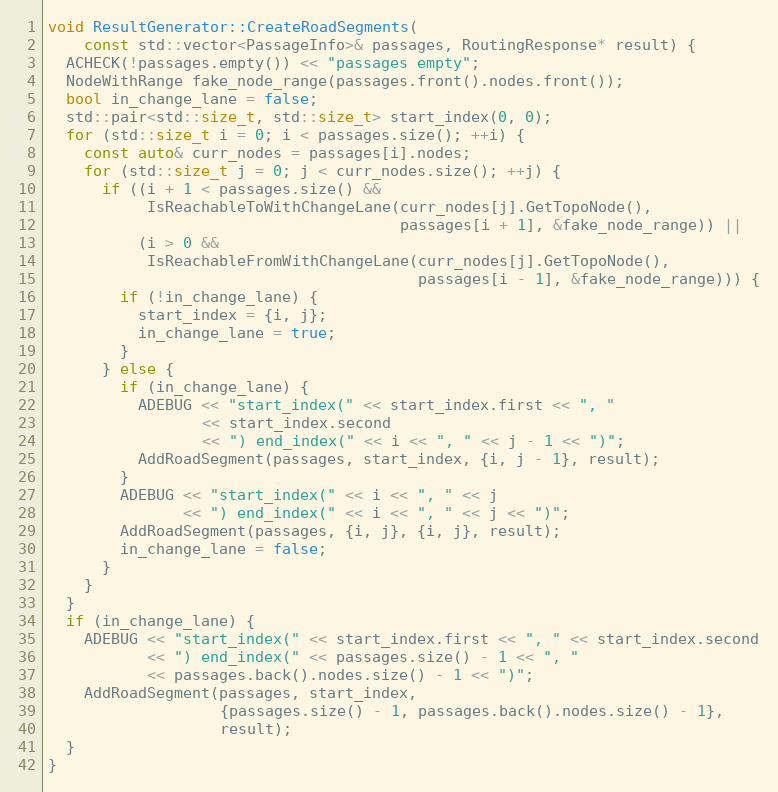
Language: C++
void ResultGenerator::CreateRoadSegments(
    const std::vector<PassageInfo>& passages, RoutingResponse* result) {
  ACHECK(!passages.empty()) << "passages empty";
  NodeWithRange fake_node_range(passages.front().nodes.front());
  bool in_change_lane = false;
  std::pair<std::size_t, std::size_t> start_index(0, 0);
  for (std::size_t i = 0; i < passages.size(); ++i) {
    const auto& curr_nodes = passages[i].nodes;
    for (std::size_t j = 0; j < curr_nodes.size(); ++j) {
      if ((i + 1 < passages.size() &&
           IsReachableToWithChangeLane(curr_nodes[j].GetTopoNode(),
                                       passages[i + 1], &fake_node_range)) ||
          (i > 0 &&
           IsReachableFromWithChangeLane(curr_nodes[j].GetTopoNode(),
                                         passages[i - 1], &fake_node_range))) {
        if (!in_change_lane) {
          start_index = {i, j};
          in_change_lane = true;
        }
      } else {
        if (in_change_lane) {
          ADEBUG << "start_index(" << start_index.first << ", "
                 << start_index.second
                 << ") end_index(" << i << ", " << j - 1 << ")";
          AddRoadSegment(passages, start_index, {i, j - 1}, result);
        }
        ADEBUG << "start_index(" << i << ", " << j
               << ") end_index(" << i << ", " << j << ")";
        AddRoadSegment(passages, {i, j}, {i, j}, result);
        in_change_lane = false;
      }
    }
  }
  if (in_change_lane) {
    ADEBUG << "start_index(" << start_index.first << ", " << start_index.second
           << ") end_index(" << passages.size() - 1 << ", "
           << passages.back().nodes.size() - 1 << ")";
    AddRoadSegment(passages, start_index,
                   {passages.size() - 1, passages.back().nodes.size() - 1},
                   result);
  }
}